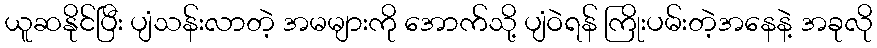
ယူဆနိုင်ပြီး ပျံသန်းလာတဲ့ အမများကို အောက်သို့ ပျံဝဲရန် ကြိုးပမ်းတဲ့အနေနဲ့ အခုလို